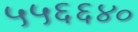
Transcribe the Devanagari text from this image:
५५६६४०